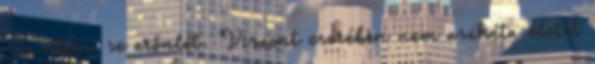
Se edzés, se erőnlét. Viszont cserében nem aszkéta életet